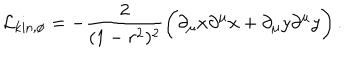
{ \cal L } _ { \mathrm { k i n , \ p h i } } = - { \frac { 2 } { ( 1 - r ^ { 2 } ) ^ { 2 } } } \bigg ( \partial _ { \mu } x \partial ^ { \mu } x + \partial _ { \mu } y \partial ^ { \mu } y \bigg ) \, .